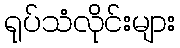
ရုပ်သံလိုင်းများ